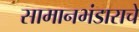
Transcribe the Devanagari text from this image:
सामानभंडाराचे